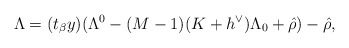
\begin{align*}\Lambda = (t_\beta y) (\Lambda^0 - (M-1) (K+h^\vee) \Lambda_0 + \hat{\rho}) - \hat{\rho},\end{align*}